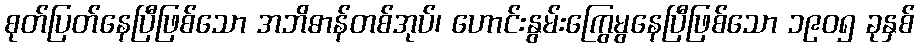
စုတ်ပြတ်နေပြီဖြစ်သော အဘိဓာန်တစ်အုပ်၊ ဟောင်းနွမ်းကြွေမွနေပြီဖြစ်သော ၁၉၀၅ ခုနှစ်